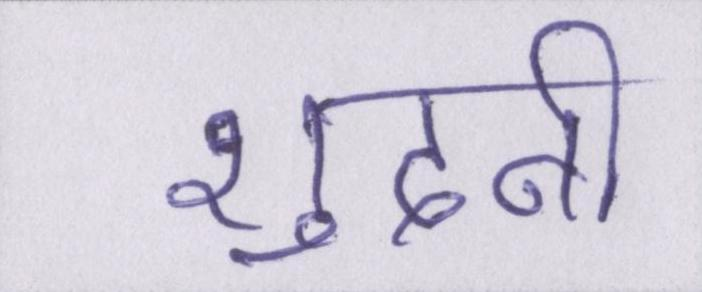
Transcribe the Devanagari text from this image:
शुदनी